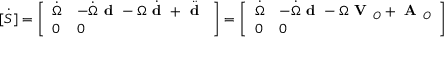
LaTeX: [ { \dot { S } } ] = { \left[ \begin{array} { l l } { { \dot { \Omega } } } & { - { \dot { \Omega } } { \textbf { d } } - \Omega { \dot { \textbf { d } } } + { \ddot { \textbf { d } } } } \\ { 0 } & { 0 } \end{array} \right] } = { \left[ \begin{array} { l l } { { \dot { \Omega } } } & { - { \dot { \Omega } } { \textbf { d } } - \Omega { \textbf { V } } _ { O } + { \textbf { A } } _ { O } } \\ { 0 } & { 0 } \end{array} \right] }